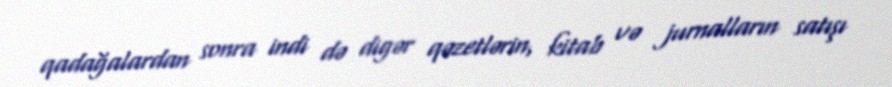
qadağalardan sonra indi də digər qəzetlərin, kitab və jurnalların satışı